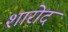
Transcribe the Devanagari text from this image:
शारोद